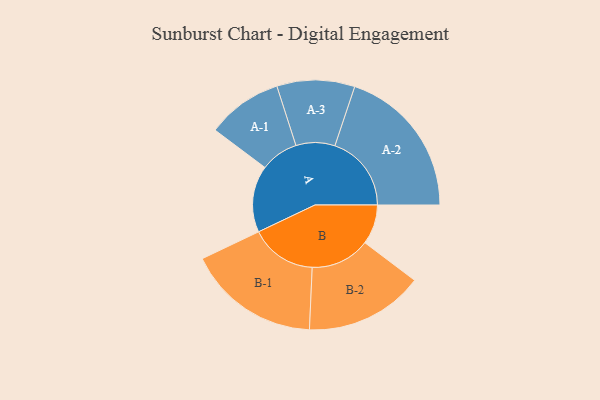
{"axis": {"x": "Segment", "y": "Value"}, "legend": ["", "A", "B"], "data": [{"x": "A", "y": 257, "type": ""}, {"x": "B", "y": 153, "type": ""}, {"x": "A-1", "y": 146, "type": "A"}, {"x": "A-2", "y": 295, "type": "A"}, {"x": "A-3", "y": 150, "type": "A"}, {"x": "B-1", "y": 256, "type": "B"}, {"x": "B-2", "y": 229, "type": "B"}]}